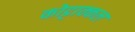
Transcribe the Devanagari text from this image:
कोट्टाक्कल